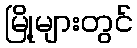
မြို့များတွင်